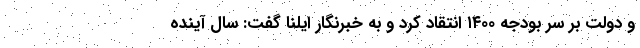
و دولت بر سر بودجه ۱۴۰۰ انتقاد کرد و به خبرنگار ایلنا گفت: سال آینده